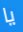
يا